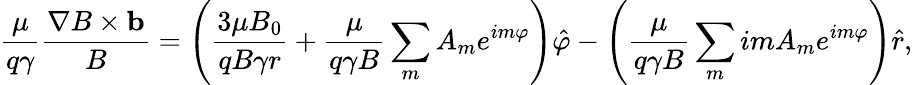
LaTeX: \frac{\mu}{q\gamma}\frac{\nabla B\times\mathbf{b}}{B}=\left(\frac{3\mu B_{0}}{qB\gamma r}+\frac{\mu}{q\gamma B}\sum_{m}A_{m}e^{im\varphi}\right)\hat{\varphi}-\left(\frac{\mu}{q\gamma B}\sum_{m}imA_{m}e^{im\varphi}\right)\hat{r},